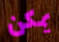
يمكن